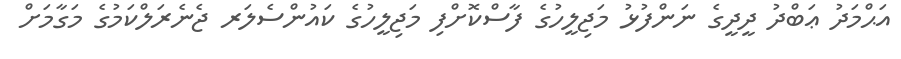
އަޙްމަދު ޢަބްދު ދީދީގެ ނަންފުޅު މަޖިލީހުގެ ފާސްކޮށްފި މަޖިލީހުގެ ކައުންސެލަރ ޖެނެރަލްކަމުގެ މަގާމަށް